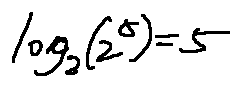
\log _ { 2 } ( 2 ^ { 5 } ) = 5